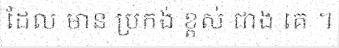
ដែល មាន ប្រកង់ ខ្ពស់ ជាង គេ ។